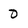
Character: 0